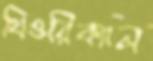
থিওরিক্যাল